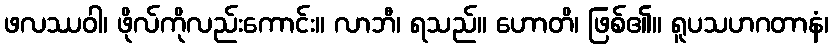
ဖလဿဝါ၊ ဖိုလ်ကိုလည်းကောင်း။ လာဘီ၊ ရသည်။ ဟောတိ၊ ဖြစ်၏။ ရူပသဟဂတာနံ၊